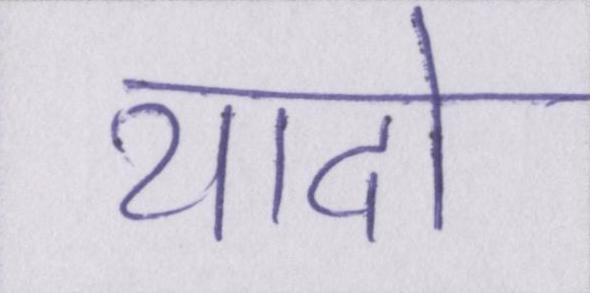
यादो